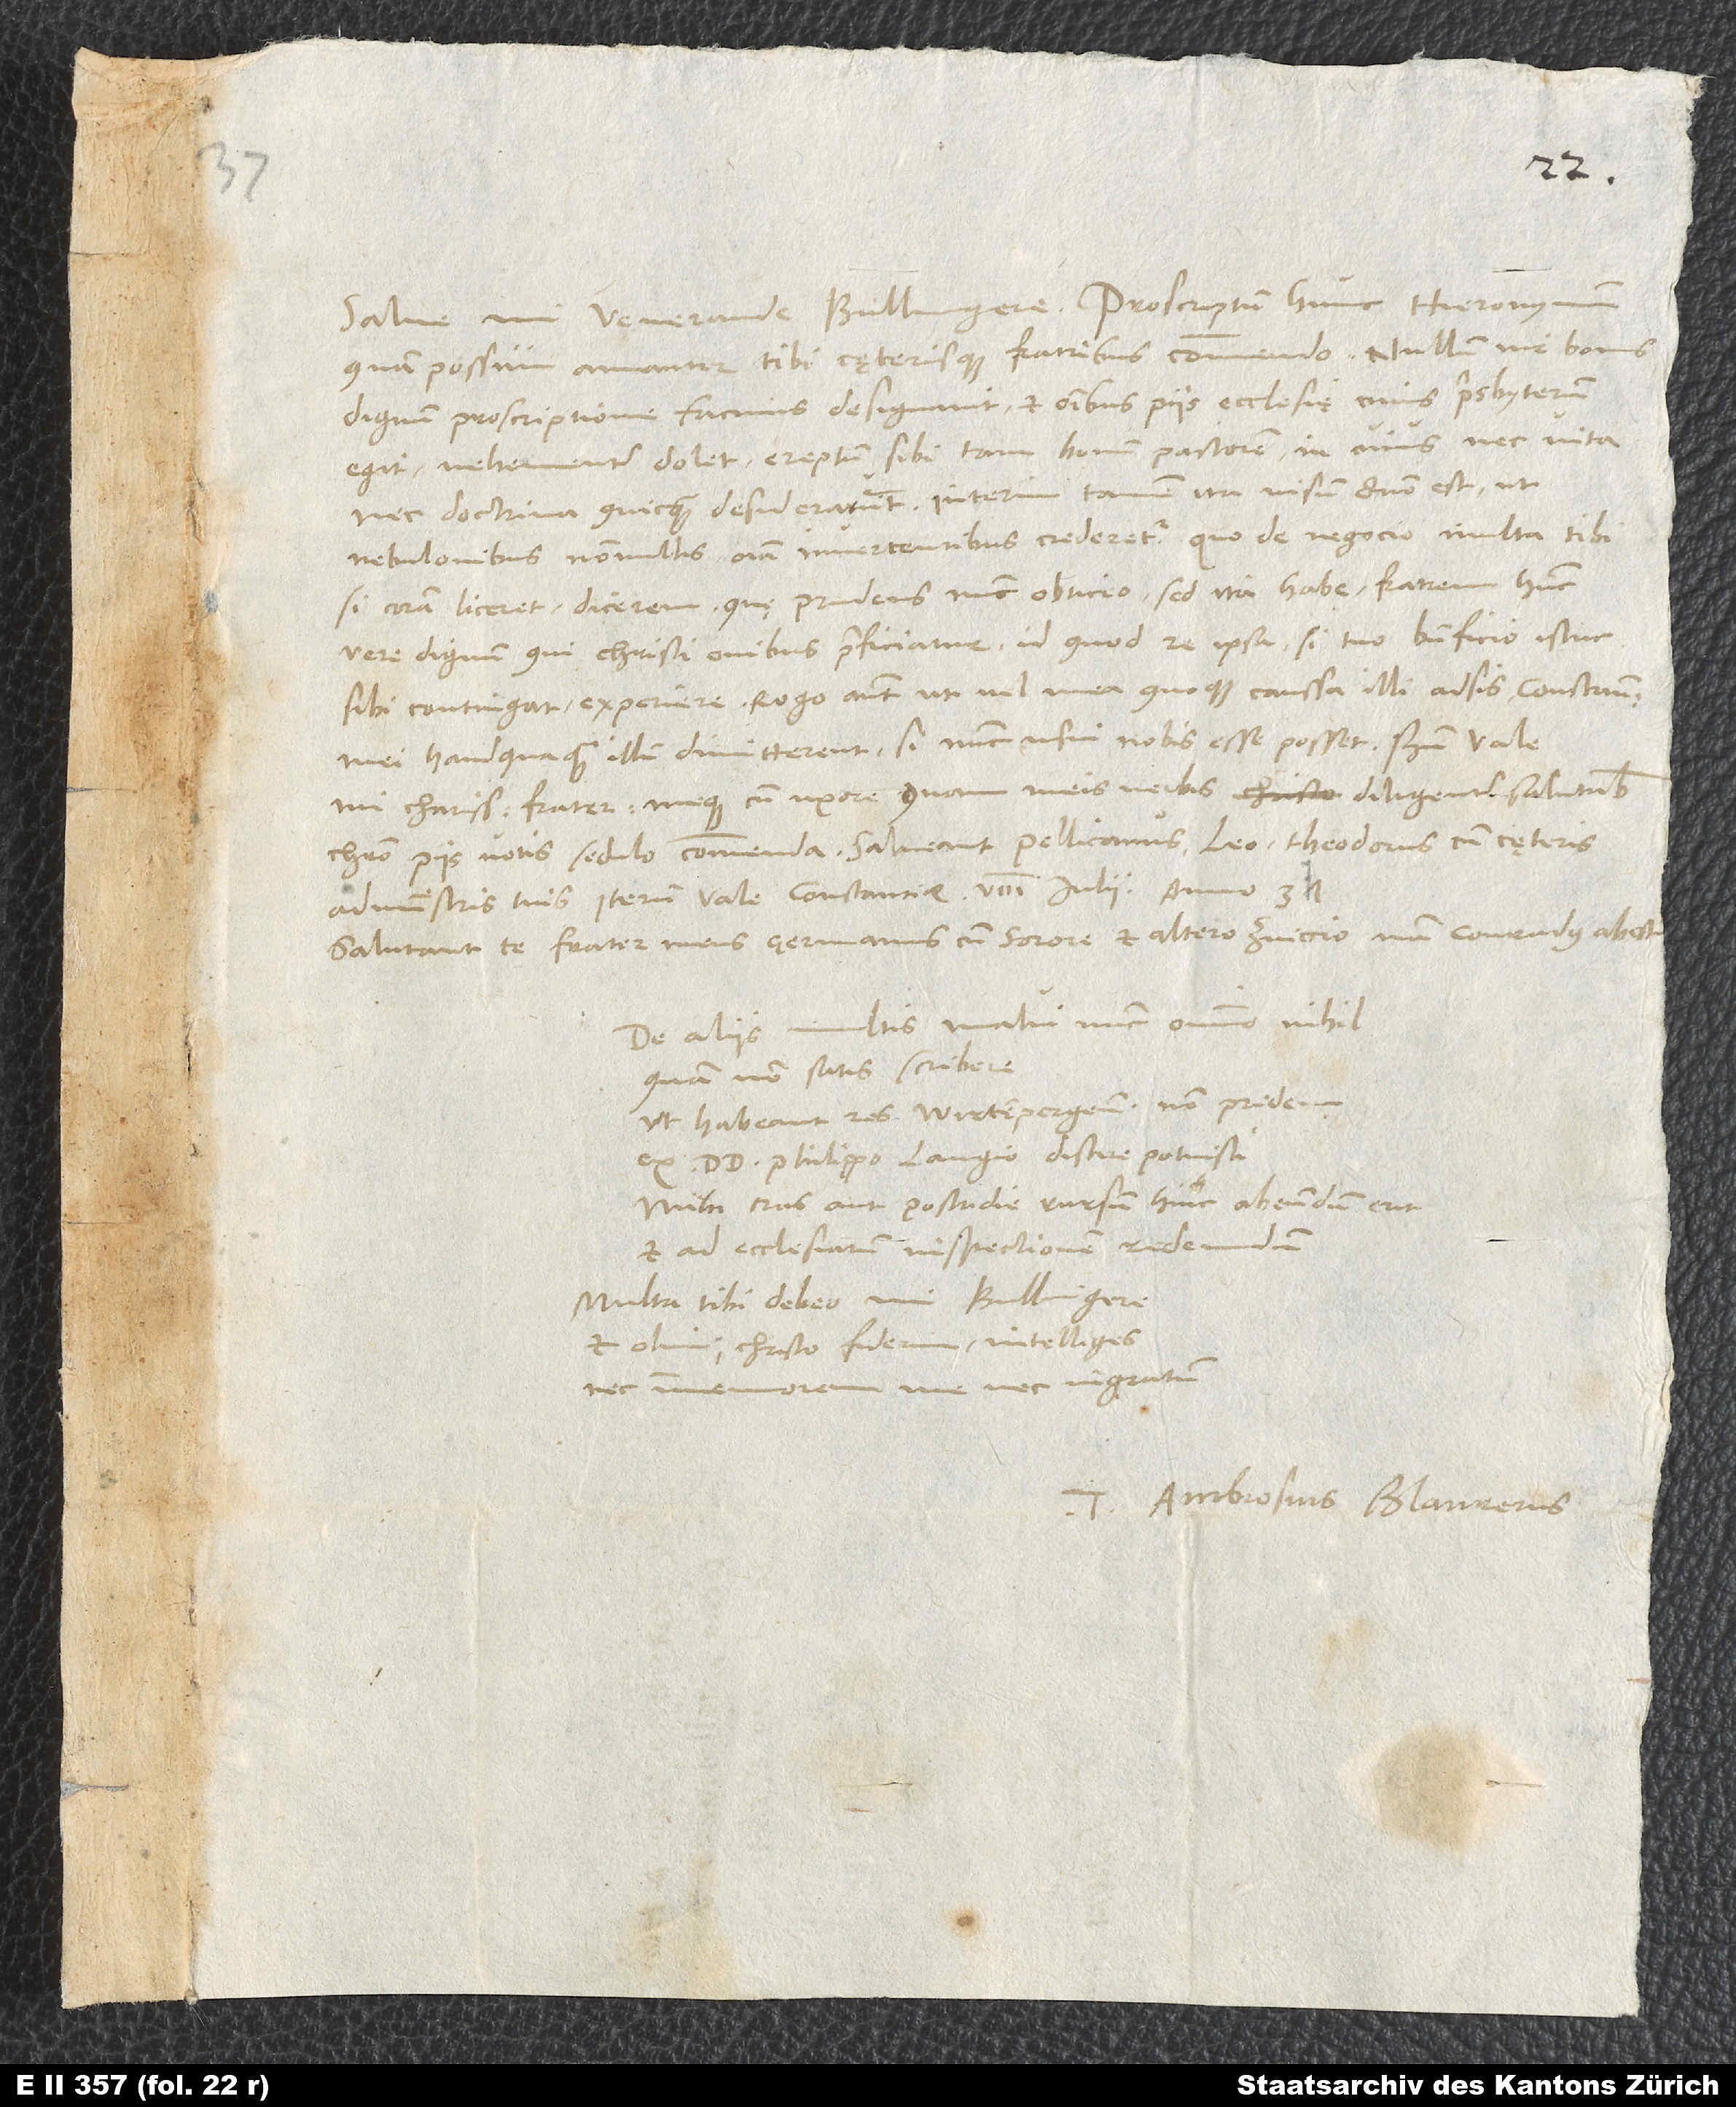
quam possum amanter tibi cęterisque fratribus commendo. Nullum vir bonus
dignum proscriptione facinus designavit et omnibus piis ecclesię, cuius presbyterum
egit, vehementer dolet ereptum sibi tam bonum pastorem, in cuius nec vita
nec doctrina quicquam desiderarunt. Interim tamen ita visum domino est, ut
nebulonibus nonnullis omnia invertentibus crederetur, quo de negocio multa tibi,
si coram liceret, dicerem, quę prudens nunc obtineo. Sed ita habe fratrem hunc
vere dignum, qui Christi ovibus praeficiatur, id quod re ipsa, si tuo beneficio istuc
sibi contingat, experiere. Rogo autem, ut vel mea quoque caussa illi adsis. Constantienses
mei haudquaquam illum dimitterent, si nunc usui nobis esse posset.
mi charissime frater, meque cum uxore, quam meis verbis diligenter salutabis,
Christo piis votis sedulo commenda. Salveant Pellicanus, Leo, Theodorus cum cęteris
Salutant te frater meus germanus cum sorore et altero Zviccio, nam Conradus abest.
De aliis multis malui nunc omnino nihil
quam non satis scribere.
Ut habeant res Wirtempergenses, non pridem
ex d. doctore Philippo Langio discere potuisti.
Mihi cras aut postridie rursum hinc abeundum erit
et ad ecclesiarum inspectionem redeundum.
Multa tibi debeo, mi Bullingere,
et olim, Christo fiderim, intelliges
immemorem me nec ingratum.
Tuus Ambrosius Blaurerus.